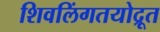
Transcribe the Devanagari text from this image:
शिवलिंगतयोद्रूत